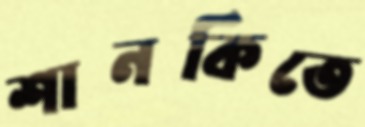
শানকিতে